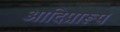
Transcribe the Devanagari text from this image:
आदिप्रारूप